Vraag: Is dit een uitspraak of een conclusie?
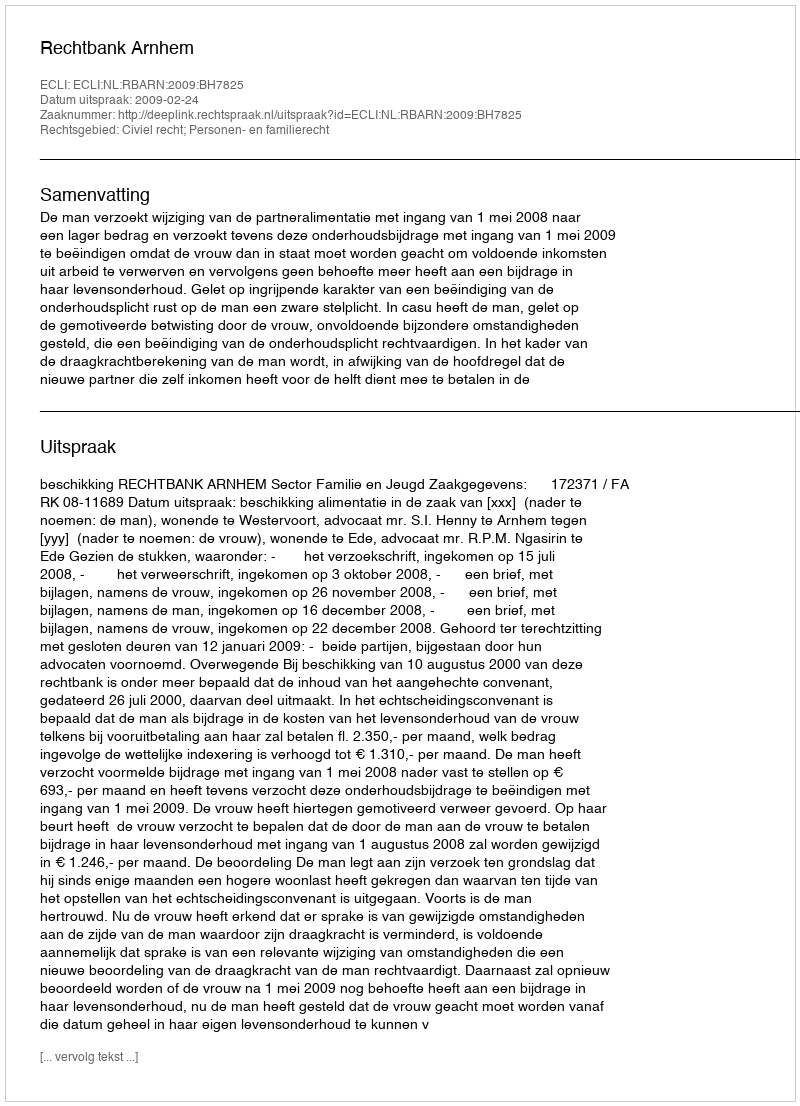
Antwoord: Uitspraak